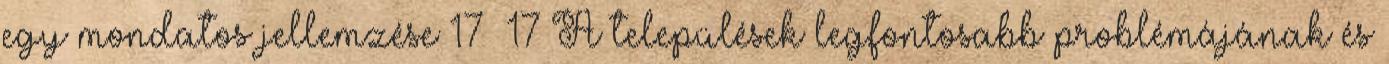
egy mondatos jellemzése 17 17 A települések legfontosabb problémájának és